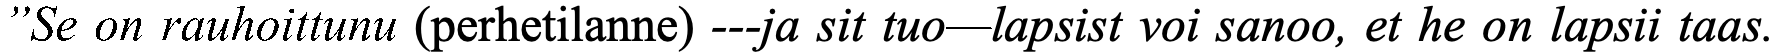
”Se on rauhoittunu (perhetilanne) ---ja sit tuo—lapsist voi sanoo, et he on lapsii taas.